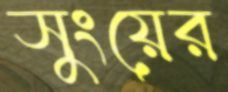
সুংয়ের